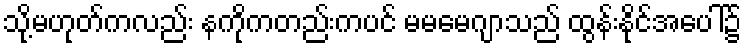
သို့မဟုတ်ကလည်း နကိုကတည်းကပင် မမမေဂျာသည် ထွန်းနိုင်အပေါ်၌